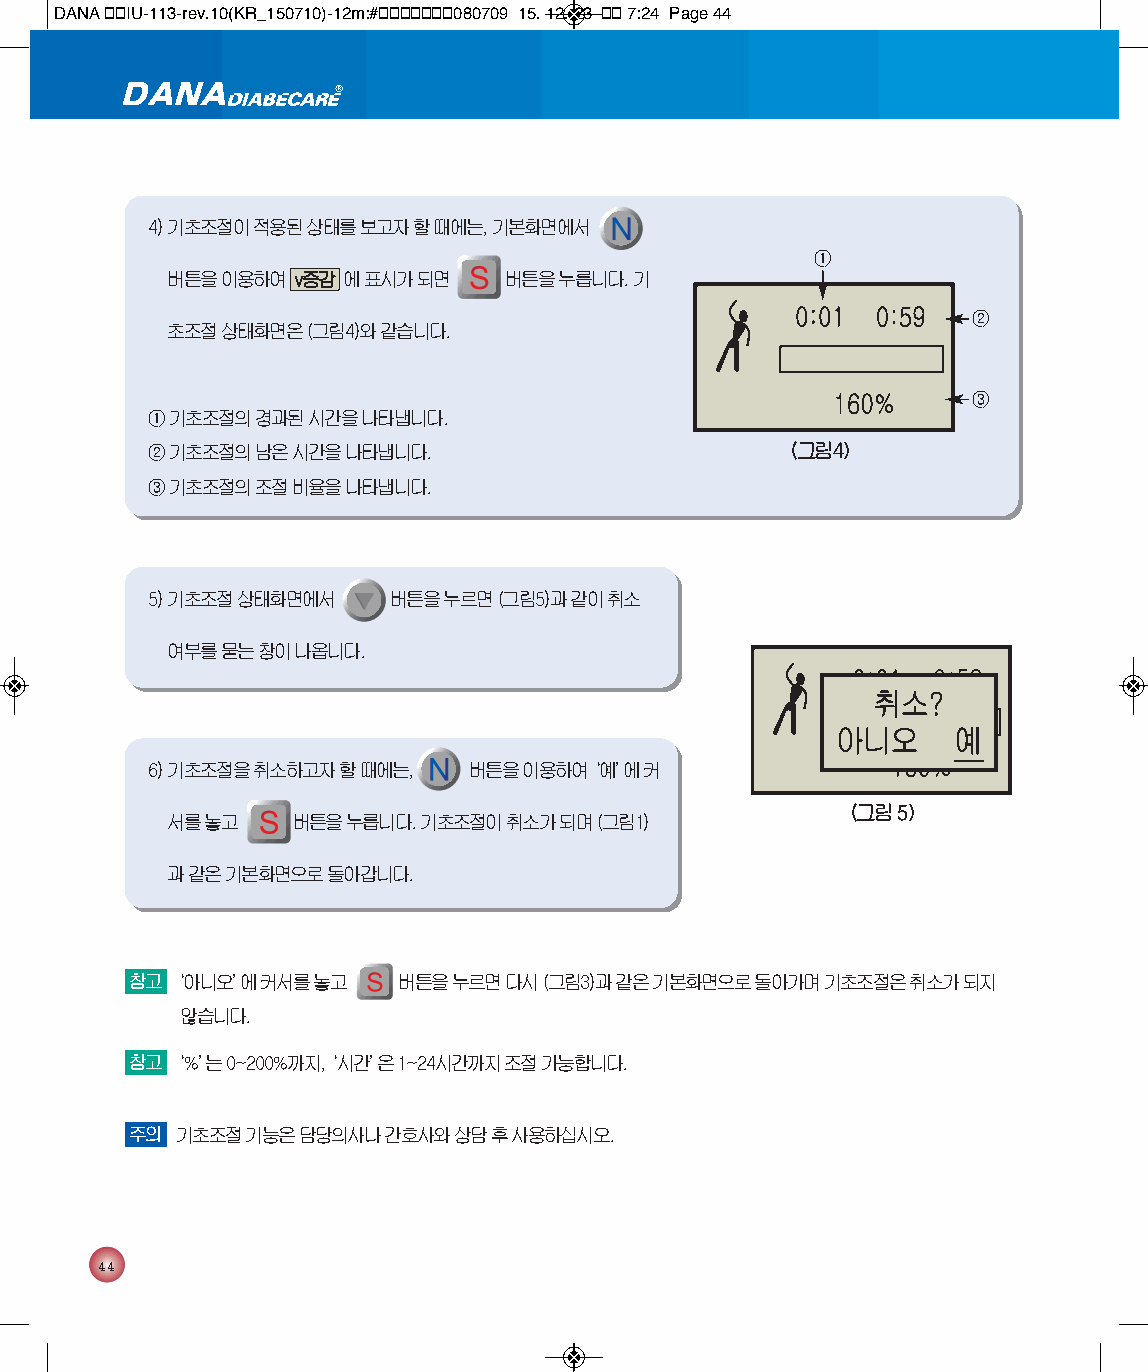
DANA 통통IU-113-rev.10(KR_150710)-12m:#통통통통통통통080709 15. 12. 23 통통 7:24 Page 44
 4) 기초조절이 적용된 상태를 보고자 할 때에는, 기본화면에서
 ①
 버튼을 이용하여 v증감 에 표시가 되면 버튼을 누릅니다. 기
 ②
 초조절 상태화면은 (그림4)와 같습니다.
 ③
 ① 기초조절의 경과된 시간을 나타냅니다.
 ② 기초조절의 남은 시간을 나타냅니다.                     (그림4)
 ③ 기초조절의 조절 비율을 나타냅니다.
 5) 기초조절 상태화면에서  버튼을 누르면 (그림5)과 같이 취소
 여부를 묻는 창이 나옵니다.
 6) 기초조절을 취소하고자 할 때에는, 버튼을 이용하여‘ 예’에 커
 (그림 5)
 서를 놓고   버튼을 누릅니다. 기초조절이 취소가 되며 (그림1)
 과 같은 기본화면으로 돌아갑니다.
 참고‘아니오’에 커서를 놓고  버튼을 누르면 다시 (그림3)과 같은 기본화면으로 돌아가며 기초조절은 취소가 되지
 않습니다.
 참고‘%’는 0~200%까지,‘ 시간’은 1~24시간까지 조절 가능합니다.
 주의 기초조절 기능은 담당의사나 간호사와 상담 후 사용하십시오.
 44